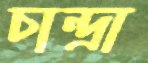
চান্দ্রা